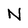
Character: N